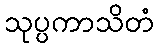
သုပ္ပကာသိတံ